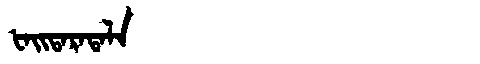
Manchu: ᡶᠠᡳᡨᠠᡵᠠᡨᠠᠯᠠ
Romanization: FAITARATALA